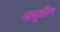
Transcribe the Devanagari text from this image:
आधुकीन